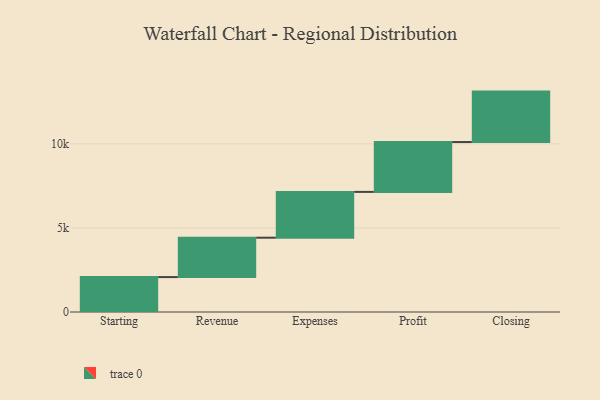
{"axis": {"x": "Step", "y": "Value"}, "legend": [""], "data": [{"x": "Starting", "y": 2076.0, "type": ""}, {"x": "Revenue", "y": 2343.0, "type": ""}, {"x": "Expenses", "y": 2724.0, "type": ""}, {"x": "Profit", "y": 2965.0, "type": ""}, {"x": "Closing", "y": 3000, "type": ""}]}